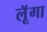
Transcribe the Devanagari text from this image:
लूॅगा